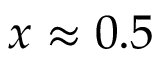
x \approx 0 . 5